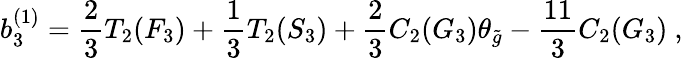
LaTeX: b_{3}^{(1)}={\frac{2}{3}}T_{2}(F_{3})+{\frac{1}{3}}T_{2}(S_{3})+{\frac{2}{3}}C_{2}(G_{3})\theta_{\tilde{g}}-{\frac{11}{3}}C_{2}(G_{3})\ ,